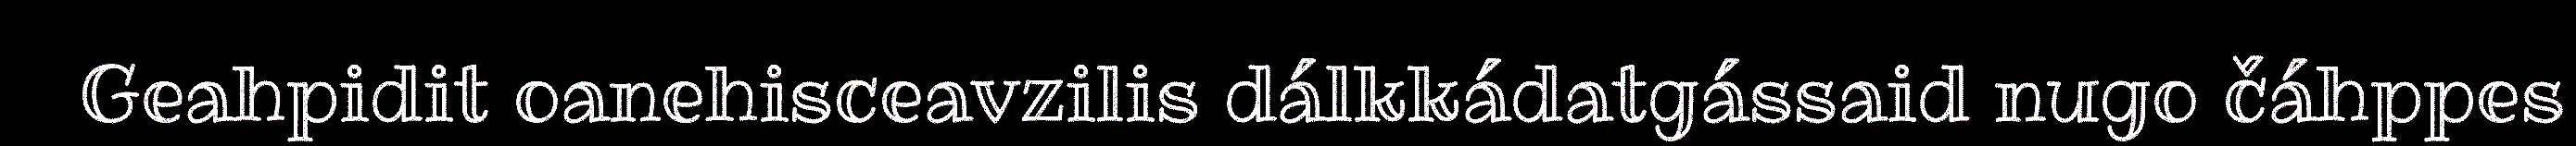
Geahpidit oanehisceavzilis dálkkádatgássaid nugo čáhppes